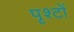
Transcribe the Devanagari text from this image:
पृश्टों